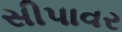
સીપાવર